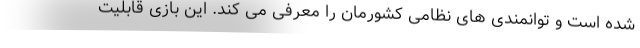
شده است و توانمندی های نظامی کشورمان را معرفی می کند. این بازی قابلیت